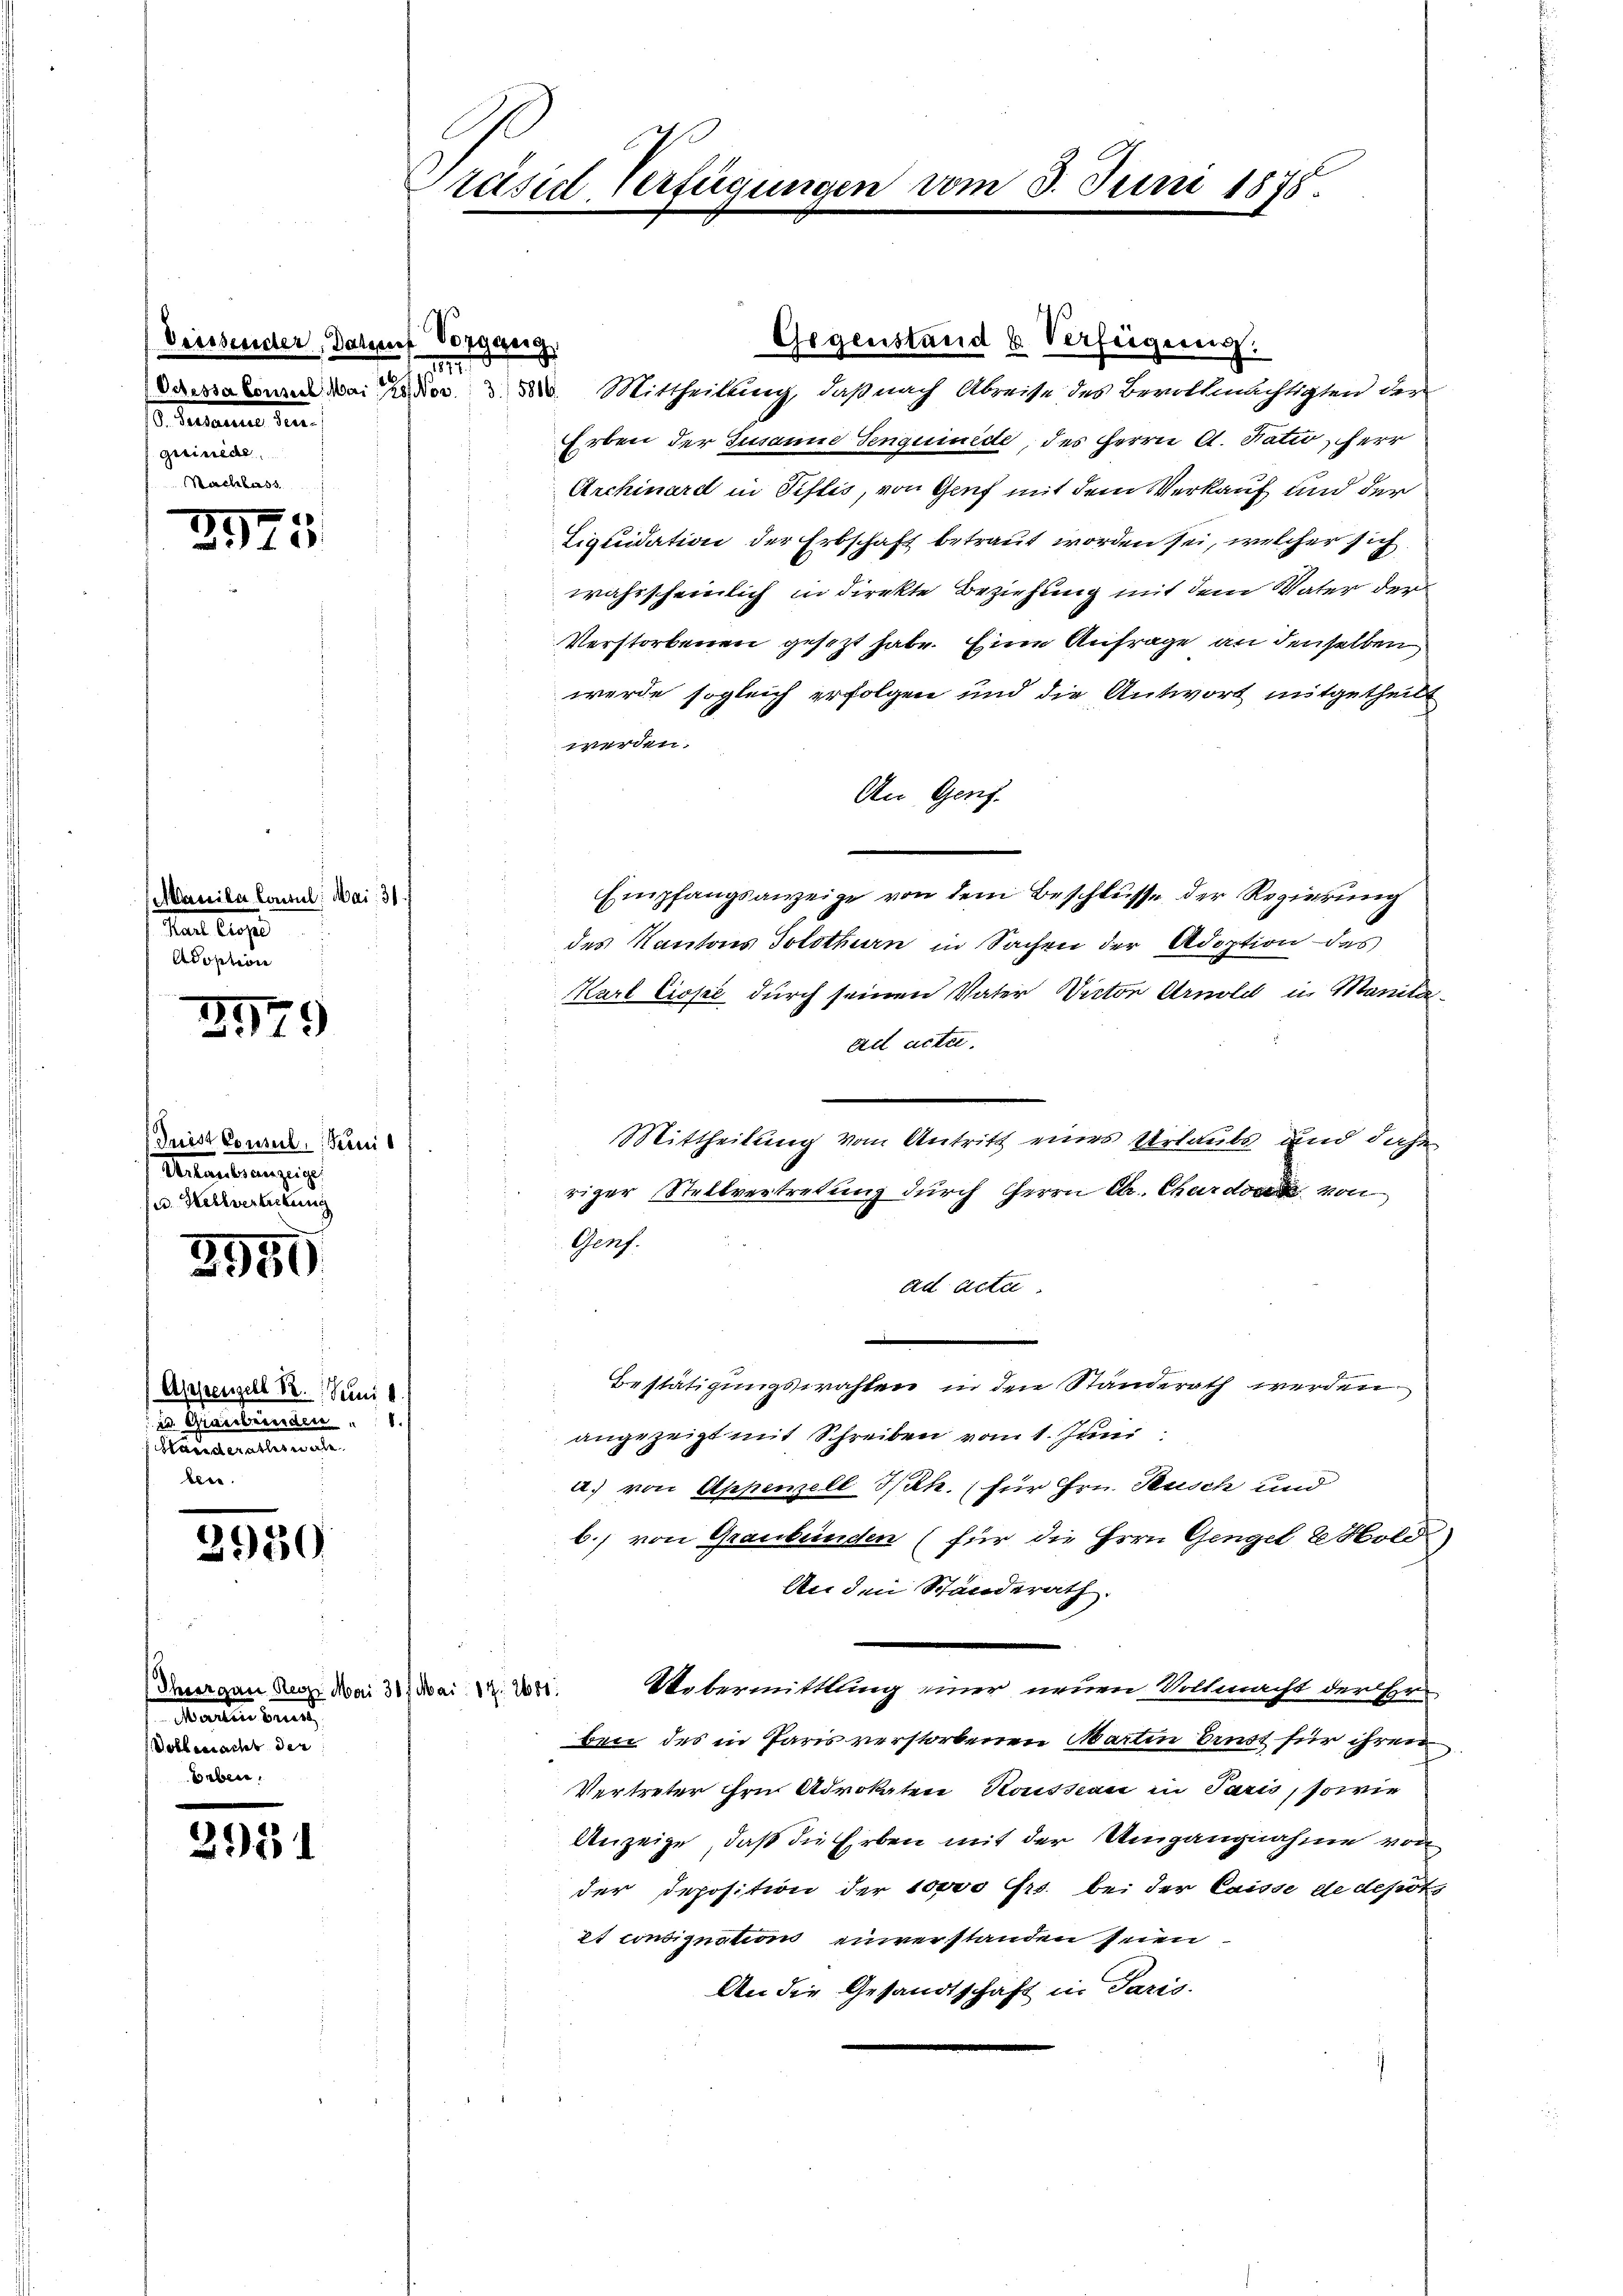
Deissender, Dasseres Vorgang
so. Seiteren den
geeinde

3
)

Manila Consul, Mai. 31
fant legt
Adoption

2979

Grist Consul, Freu
Untauberenzeige
a. Helvetickung

2959

Appenzell 12. Juni 1
13. Graustrinden
Standerathes warte

2930

Thiergau Reoz Mai 30.
Marlin beid
Volkssacht der

3951

Präsid Verfügungen vom 3. Juni 1875.

11

Gegenstand u. Verfügung.
Daestamen dem der 3. Mittheilung, daß nach Abreise des Bevollmächtigten des
Erben der Susanne Senguinide, des Herrn A. Natio, Herr
Archinard in Pislis, von Genf mit dem Verkauf und der
Liquidation der Erbschaft betraut worden sei, welcher sich
wahrscheinlich in direkte Beziehung mit dem Vater der
Verstorbenen gesezt habe. Eine Anfrage an denselben
werde sogleich erfolgen und die Antwort mitgetheil
werden.
An Genf.
Empfangsanzeige von dem Beschlüsse der Regierung
des Kantons Solothurn in Sachen der Adoption das
Karl Ciose durch seinen Vater Victor Arnold in Manita
ad acta.
Mittheilung vom Antritt eines Urlaube und dahe
riger Stellvertretung durch Herrn Dr. Chard von
Genf.
ad acta.
Bestätigungswahlen in den Standerath werden
angezeigt mit Schreiben vom 1. Juni
a) von Appenzell I/Rh. (für Hrn. Rusch und
b.) von Graubünden (für die Herrn Gengel Hold
An den Standerath
Uebermittlung einer neuen Vollmacht der Ehr
Mai: 1. 2600.
ben des in Paris verstorbenen Martin brust für ihren
Vertreter ihre Advokaten Rousseau in Paris, sowie
Anzeige, daß die Erben mit der Umgangnahme von
der Deposition der 10000 Frs. bei der Caisse de depots
et consignation einverstanden seien.
An die Gesandtschaft in Paris.